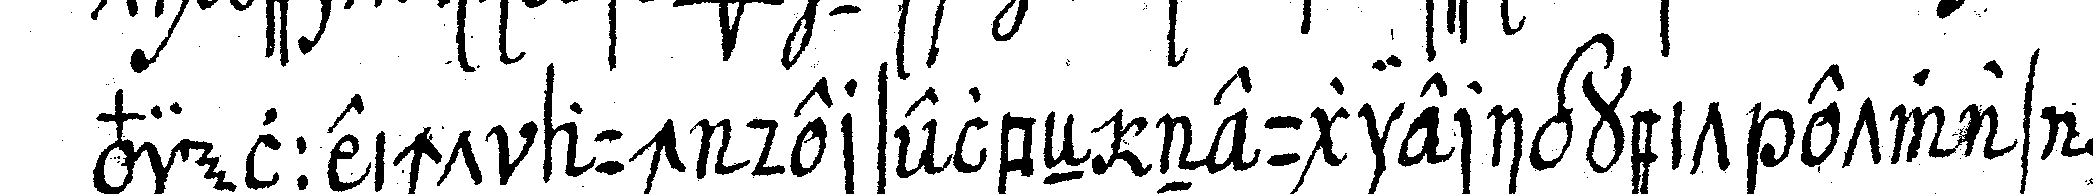
vielleicht auch derselbeN neugierigkeit etwas zu